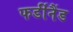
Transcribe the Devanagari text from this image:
फर्डीनैंड